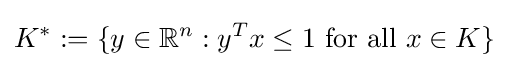
K^{*}:=\{y\in \mathbb {R} ^{n}:y^{T}x\leq 1{\text{ for all }}x\in K\}